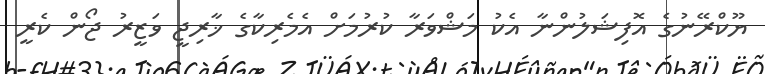
ޔޫކްރޭނުގެ އޮފިޝަލުންނާ އެކު މަޝްވަރާ ކުރުމަށް އެމެރިކާގެ ޚާރިޖީ ވަޒީރު ޖޯން ކެރީ